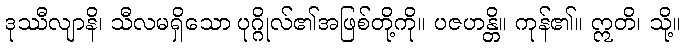
ဒုဿီလျာနိ၊ သီလမရှိသော ပုဂ္ဂိုလ်၏အဖြစ်တို့ကို။ ပဇဟန္တိ။ ကုန်၏။ ဣတိ၊ သို့။